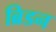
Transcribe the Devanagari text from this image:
ब्रिडन